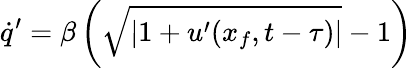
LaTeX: \dot{q}^{\prime}=\beta\left(\sqrt{|1+u^{\prime}(x_{f},t-\tau)|}-1\right)